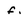
Character: f